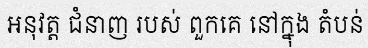
អនុវត្ត ជំនាញ របស់ ពួកគេ នៅក្នុង តំបន់